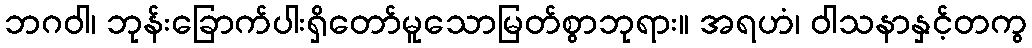
ဘဂဝါ၊ ဘုန်းခြောက်ပါးရှိတော်မူသောမြတ်စွာဘုရား။ အရဟံ၊ ဝါသနာနှင့်တကွ